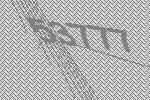
53777